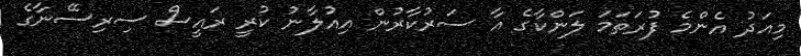
މިއަދު އެންމެ ފުރަތަމަ ލަންކާގެ އާ ސަރުކާރުން އިއުލާނު ކުރީ ރައީސް ސިރިސޭނާގެ